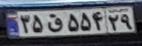
۳۵ق۵۵۴۲۹